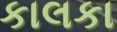
કાલકા